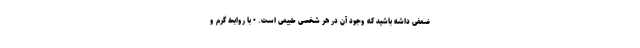
ضعفی داشه باشید که وجود آن در هر شخصی طبیعی است. • با روابط گرم و